Annual report on the health of the army in India
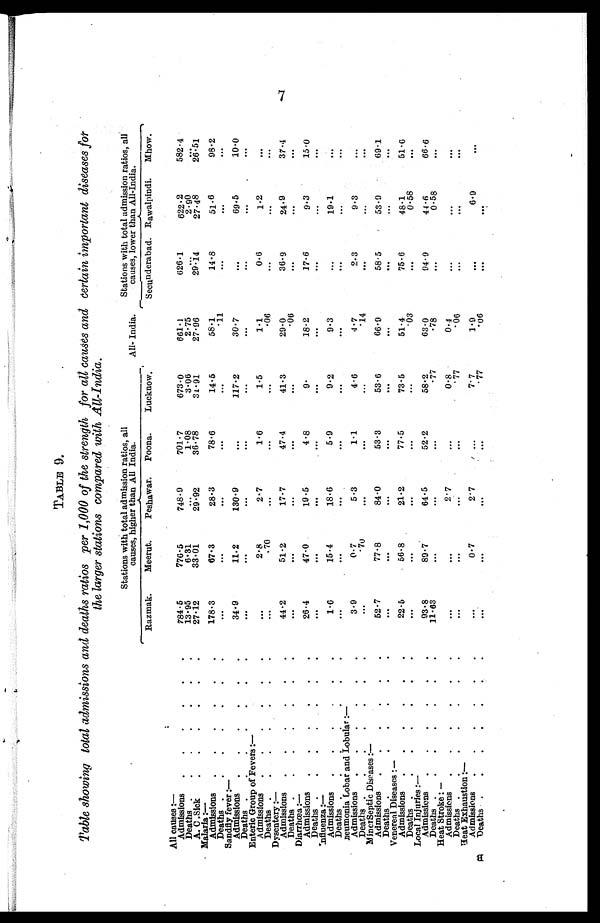
TABLE 9.
Table showing total admissions and deaths ratios per 1,000 of the strength for all causes and certain important diseases for
the larger stations compared with All-India.
Stations with total admission ratios, all
causes, higher than All India.
All- India.
Stations with total admission ratios, all
causes, lower than All-India.
Razmak.
Meerut.
Peshawar.
Poona.
Lucknow.
Secunderabad. Rawalpindi.
Mhow.
All causes :—
784.5
776.5
748.9
701.7
673.0
661.1
626.1
622.2
582.4
Admissions
.
.
. . . .
Deaths .
.
.
.
.
. .
13.95
6.31 ...
1.08
3.06
2.75
. . . 2.90
. . .
A. C .Sick
.
.
.
.
.
.
27.12
33.01
29.92
36.78
31.91
27.96
29.14
27.48
26.51
Malarin :—
178.3
67.3
28.3
78.6
14.5
58.1
14.8
51.6
98.2
Admissions
.
.
.
.
.
Deaths .
.
.
.
. . .
...
...
...
...
...
.11
...
. . . ...
Sandfly fever :—
34.9
11.2
130.9
...
117.2
30.7
...
69.5
10.0
Admissions
.
.
.
.
.
.
Deaths ..
.
•
•
•
...
...
...
...
...
...
...
...
...
Enteric Group of Fevers :—
...
2.8
2.7
1.6
1.5
1.1
0.6
1.2
...
Admissions
.
.
.
.
.
.
Deaths .
.
.
.
.
•
.
...
. . .
...
...
...
.06
...
...
...
Dysentery :—
44.2
51.2
17.7
47.4
41.3
29.0
36.9
24.9
37.4
Admissions . . . . . .
Deaths .
.
.
.
.
.
.
...
...
...
...
...
06
...
...
...
Diarrhcea :-
26.4
47.0
19-5
4 • 8
9.
18-2
17-6
9-3
15.0
Admissions
.
.
D eaths .
.
.
•
•
•
•
...
...
"'
...
...
• • •
...
...
Influenza :—
1.6
15.4
18.6
5.9
9.2
9.3
...
19.1
...
Admissions
.
.
.
.
.
.
Deaths . . . . . . .
...
...
...
...
...
. . .
...
. . . ...
neumonia Lobar and Lobular :—
3.9
0.7
5.3
1.1
4.6
4.7
2.3
9.3
...
Admissions
. . . . . .
Deaths .
.
.
.
.
.
.
...
.70 ...
...
...
.14
...
. . . ...
Miner Septic Diseases :—
52 .7
77.8
84.0
53.3
53.6
66.9
58.5
53. 9
69.1
Admissions
.
.
.
.
.
.
Deaths . . . . . .
...
...
. . .
...
...
...
...
. . . ...
Venereal Diseases :—
22.5
56.8
21.2
77.5
73.5
51.4
75.6
48.1
51.6
Admissions
.
.
.
.
.
.
Deaths .
.
.
.
.
.
•
...
...
...
...
' 03
"'
0-58
Local Injuries :—
93.8
89.7
64.5
52.2
58.2
63.0
94.9
44.6
66.6
Admissions
.
.
.
.
.
.
Deaths .
.
.
.
.
.
.
11.63 ...
...
...
.77
.78
. . . 0.58
...
Heat Stroke : —
...
...
2.7
...
0.8
0.4
. . . -
. . .
...
Admissions
.
.
.
.
.
.
Deaths .
.
.
.
.
.
.
...
• 77
• 06
...
Heat Exhaustion :—
...
0.7
2. 7
...
7.7
1.9
. . .
6.9
...
Admissions
.
.
.
.
.
.
Deaths .
.
. . . . .
...
...
...
...
.77
.06
. . .
. . .